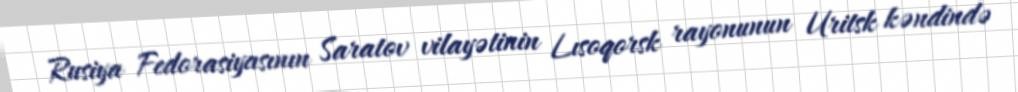
Rusiya Fedorasiyasının Saratov vilayətinin Lısoqorsk rayonunun Uritsk kəndində